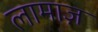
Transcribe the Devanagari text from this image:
लामाज़